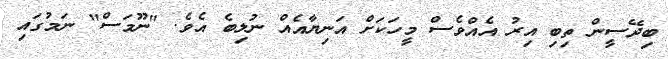
ބިދޭސީން ތިބި އިރު އެއްވެސް މީހަކަށް އަނިޔާއެއް ނުލިބެ އެވެ. "ނޫމަސް" ނަމުގައި